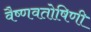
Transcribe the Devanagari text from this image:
वैष्णवतोषिणी